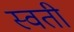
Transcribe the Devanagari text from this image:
स्वती